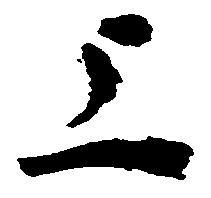
上